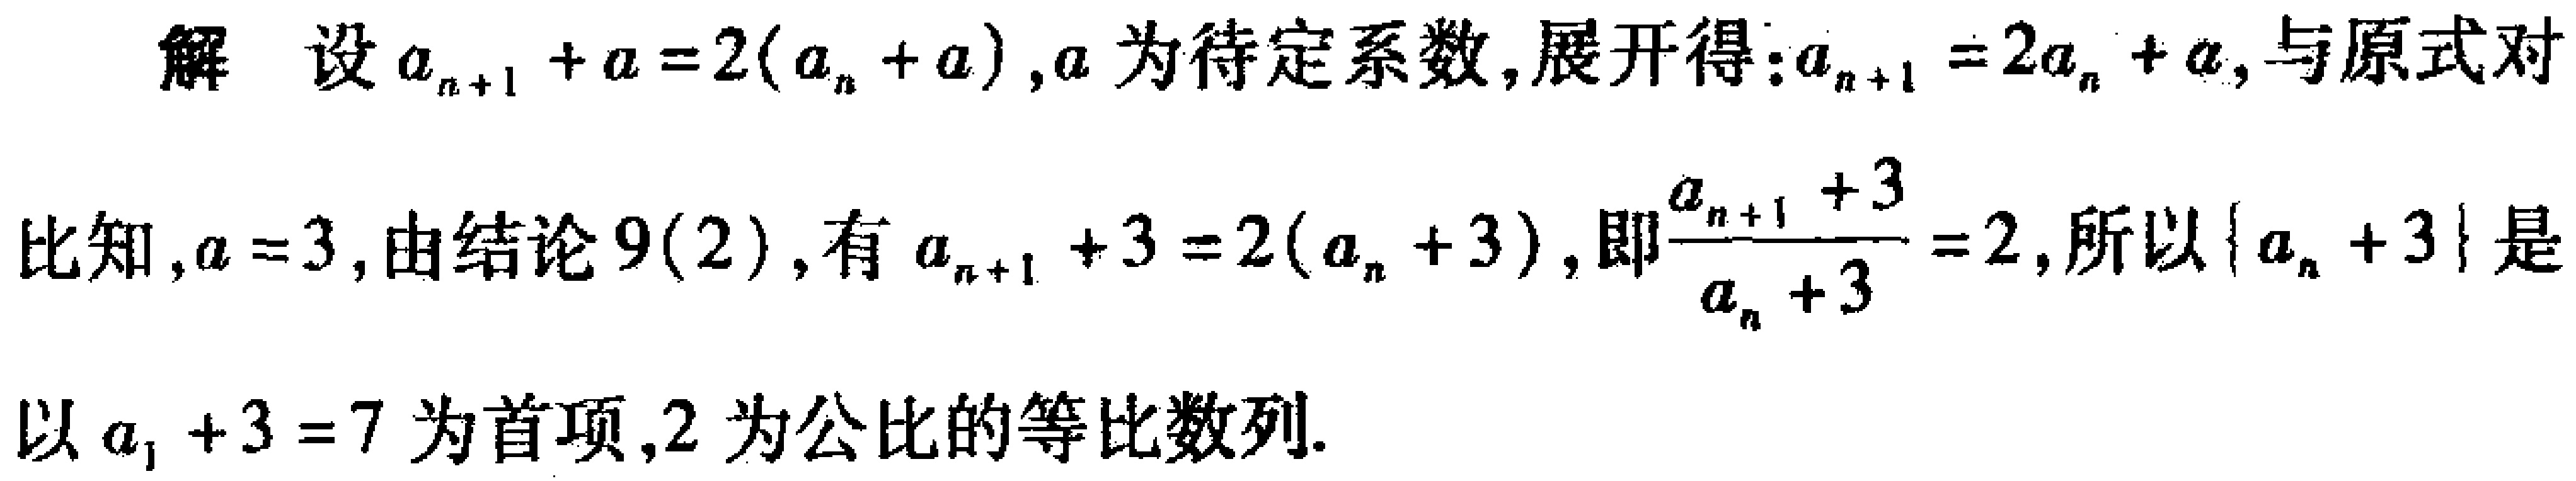
解 设\(a_{n + 1} + a = 2(a_{n}+a)\)，\(a\)为待定系数，展开得：\(a_{n + 1} = 2a_{n}+a\)，与原式对
比知，\(a = 3\)，由结论\(9(2)\)，有\(a_{n + 1}+3 = 2(a_{n}+3)\)，即\(\frac{a_{n + 1}+3}{a_{n}+3}=2\)，所以\(\{a_{n}+3\}\)是
以\(a_{1}+3 = 7\)为首项，\(2\)为公比的等比数列.